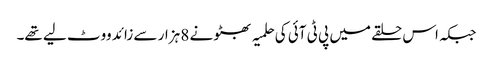
جبکہ اس حلقے میں پی ٹی آئی کی حلمیہ بھٹو نے 8 ہزار سے زائد ووٹ لیے تھے۔